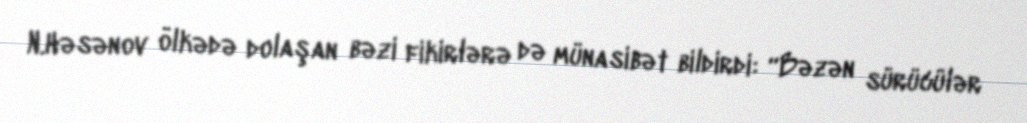
N.Həsənov ölkədə dolaşan bəzi fikirlərə də münasibət bildirdi: “Bəzən sürücülər